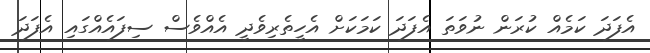
އެފަދަ ކަމެއް ކުރަން ނުވަތަ އެފަދަ ކަމަކަށް އެހީތެރިވެދީ އެއްވެސް ސިފައެއްގައި އެފަދަ